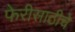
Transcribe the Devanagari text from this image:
फेरीसाठीचे